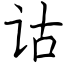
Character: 诂